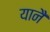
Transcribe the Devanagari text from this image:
यानै